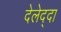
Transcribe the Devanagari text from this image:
देलेद्दा